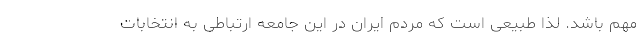
مهم باشد. لذا طبیعی است که مردم ایران در این جامعه ارتباطی به انتخابات